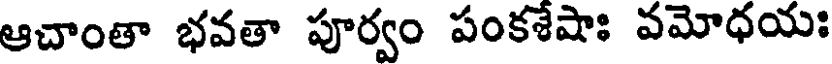
ఆచాంతా భవతా పూర్వం పంకశేషాః వమోధయః